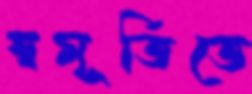
স্বমূর্তিতে